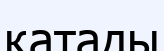
қатады